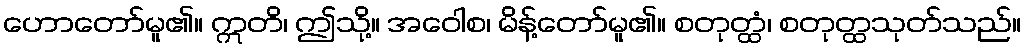
ဟောတော်မူ၏။ ဣတိ၊ ဤသို့။ အဝေါစ၊ မိန့်တော်မူ၏။ စတုတ္ထံ၊ စတုတ္ထသုတ်သည်။